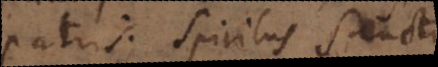
patris; Spiritus Sanctus